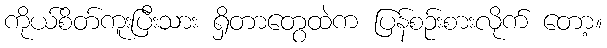
ကိုယ်စိတ်ကူးပြီးသား ရှိတာတွေထဲက ပြန်စဉ်းစားလိုက် တော့။